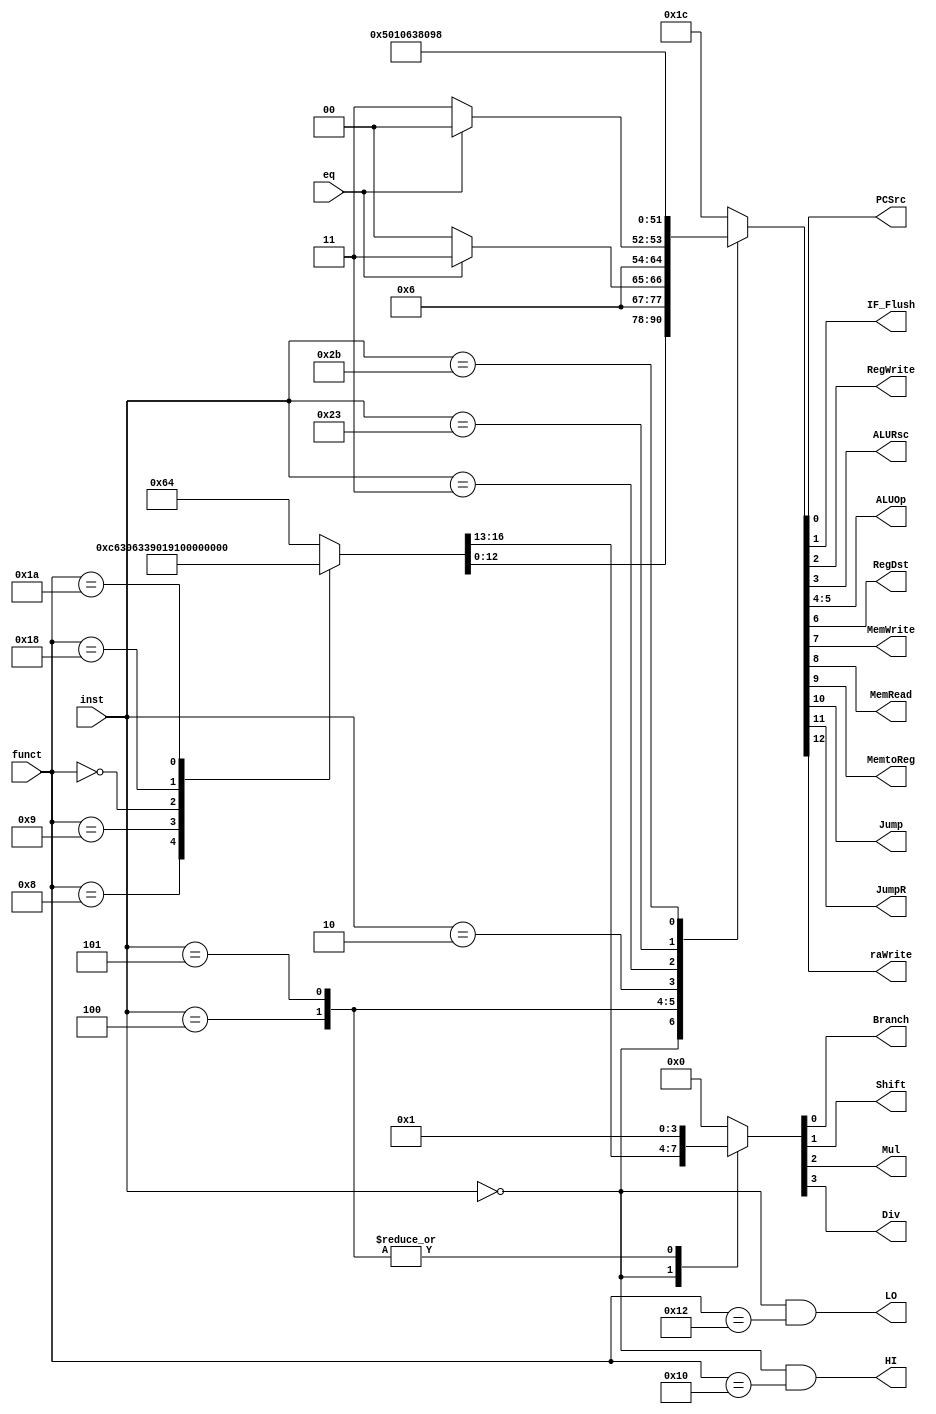
module Control(
	inst,
	funct,
	eq,
	PCSrc,
	IF_Flush,
	RegWrite,
	ALURsc,
	ALUOp,
	RegDst,
	MemWrite,
	MemRead,
	MemtoReg,
	Jump,
	JumpR,
	raWrite,
	Branch,
	Shift,
	Mul,
	Div,
	HI,
	LO
);

//input output
	input[5:0] inst;//instruction[31:26]
	input[5:0] funct;//instruction[5:0]
	input eq;//branch detection
	output PCSrc;
	output IF_Flush;//flush reg IF/ID
	output RegWrite;
	output ALURsc;
	output[1:0] ALUOp;
	output RegDst;
	output MemWrite;
	output MemRead;
	output MemtoReg;
	output Jump;
	output JumpR;
	output raWrite;
	output Branch;
	output Shift;
	output Mul;
	output Div;
	output HI;
	output LO;
//reg & wire
	reg[16:0] ctrl;
//combinational
	
	assign PCSrc = ctrl[0];
	assign IF_Flush = ctrl[1];
	assign RegWrite = ctrl[2];
	assign ALURsc = ctrl[3];
	assign ALUOp = ctrl[5:4];
	assign RegDst = ctrl[6];
	assign MemWrite = ctrl[7];
	assign MemRead = ctrl[8];
	assign MemtoReg = ctrl[9];
	assign Jump = ctrl[10];
	assign JumpR = ctrl[11];
	assign raWrite = ctrl[12];
	assign Branch = ctrl[13];
	assign Shift = ctrl[14];
	assign Mul = ctrl[15];
	assign Div = ctrl[16];
	assign HI = inst == 6'd0 && funct == 6'd16;
	assign LO = inst == 6'd0 && funct == 6'd18;
	always@(*) begin
		case(inst)
			6'h0: begin//R_type
				case(funct)
					6'h8: ctrl = 17'b0000110001100011;
					6'h9: ctrl = 17'b0000110001100111;
					6'h0: ctrl = 17'b0100000001100100;
					6'd24: ctrl = 17'b01000000001100100;
					6'd26: ctrl = 17'b10000000001100100;
					default: ctrl = 17'b00000000001100100;
				endcase
			end
			6'h4: begin
				ctrl[16:13] = 4'b0001;
				if(eq)
					ctrl[12:0] = 13'b0000000011011;
				else
					ctrl[12:0] = 13'b0000000011000;//beq
			end
			6'h5: begin
				ctrl[16:13] = 4'b0001;
				if(!eq)
					ctrl[12:0] = 13'b0000000011011;
				else
					ctrl[12:0] = 13'b0000000011000;//bne
			end
			6'h2: ctrl = 17'b00000000000000000;//j
			6'h3: ctrl = 17'b00001010000000100;//jal
			6'h23: ctrl = 17'b00000001100011100;//lw
			6'h2b: ctrl = 17'b00000000010011000;//sw
			default: ctrl = 17'b00000000000011100;//addi andi ori xori slti
		endcase
	end
//no sequential
endmodule